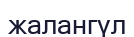
жалангүл